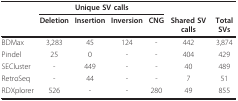
<table><thead><tr><td></td><td colspan="4"><b>Unique SV calls</b></td><td></td><td></td></tr><tr><td></td><td><b>Deletion</b></td><td><b>Insertion</b></td><td><b>Inversion</b></td><td><b>CNG</b></td><td><b>Shared SV calls</b></td><td><b>Total SVs</b></td></tr></thead><tbody><tr><td>BDMax</td><td>3,283</td><td>45</td><td>124</td><td>-</td><td>442</td><td>3,874</td></tr><tr><td>Pindel</td><td>25</td><td>0</td><td>-</td><td>-</td><td>404</td><td>429</td></tr><tr><td>SECluster</td><td>-</td><td>449</td><td>-</td><td>-</td><td>40</td><td>489</td></tr><tr><td>RetroSeq</td><td>-</td><td>44</td><td>-</td><td>-</td><td>7</td><td>51</td></tr><tr><td>RDXplorer</td><td>526</td><td>-</td><td>-</td><td>280</td><td>49</td><td>855</td></tr></tbody></table>